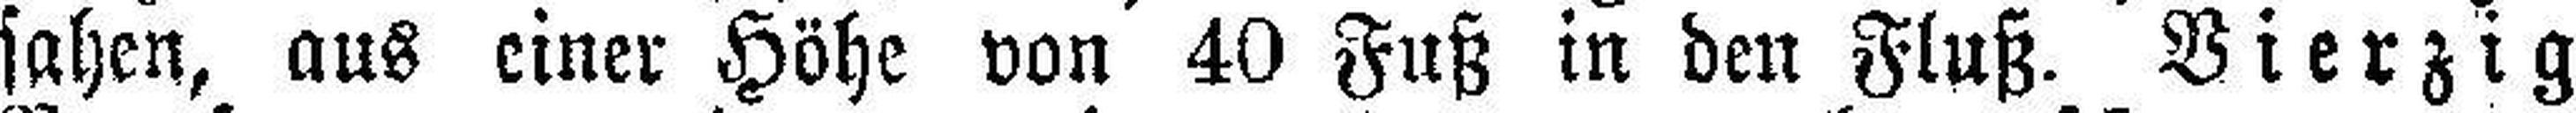
sahen, aus einer Höhe von 40 Fuß in den Fluß. Vierzig